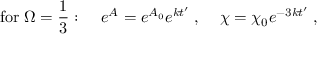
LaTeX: \mathrm { f o r } \; \Omega = \frac { 1 } { 3 } : \; \; \; \; e ^ { A } = e ^ { A _ { 0 } } e ^ { k t ^ { \prime } } \; , \; \; \; \; \chi = \chi _ { 0 } e ^ { - 3 k t ^ { \prime } } \; ,